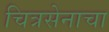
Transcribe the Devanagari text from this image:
चित्रसेनाचा